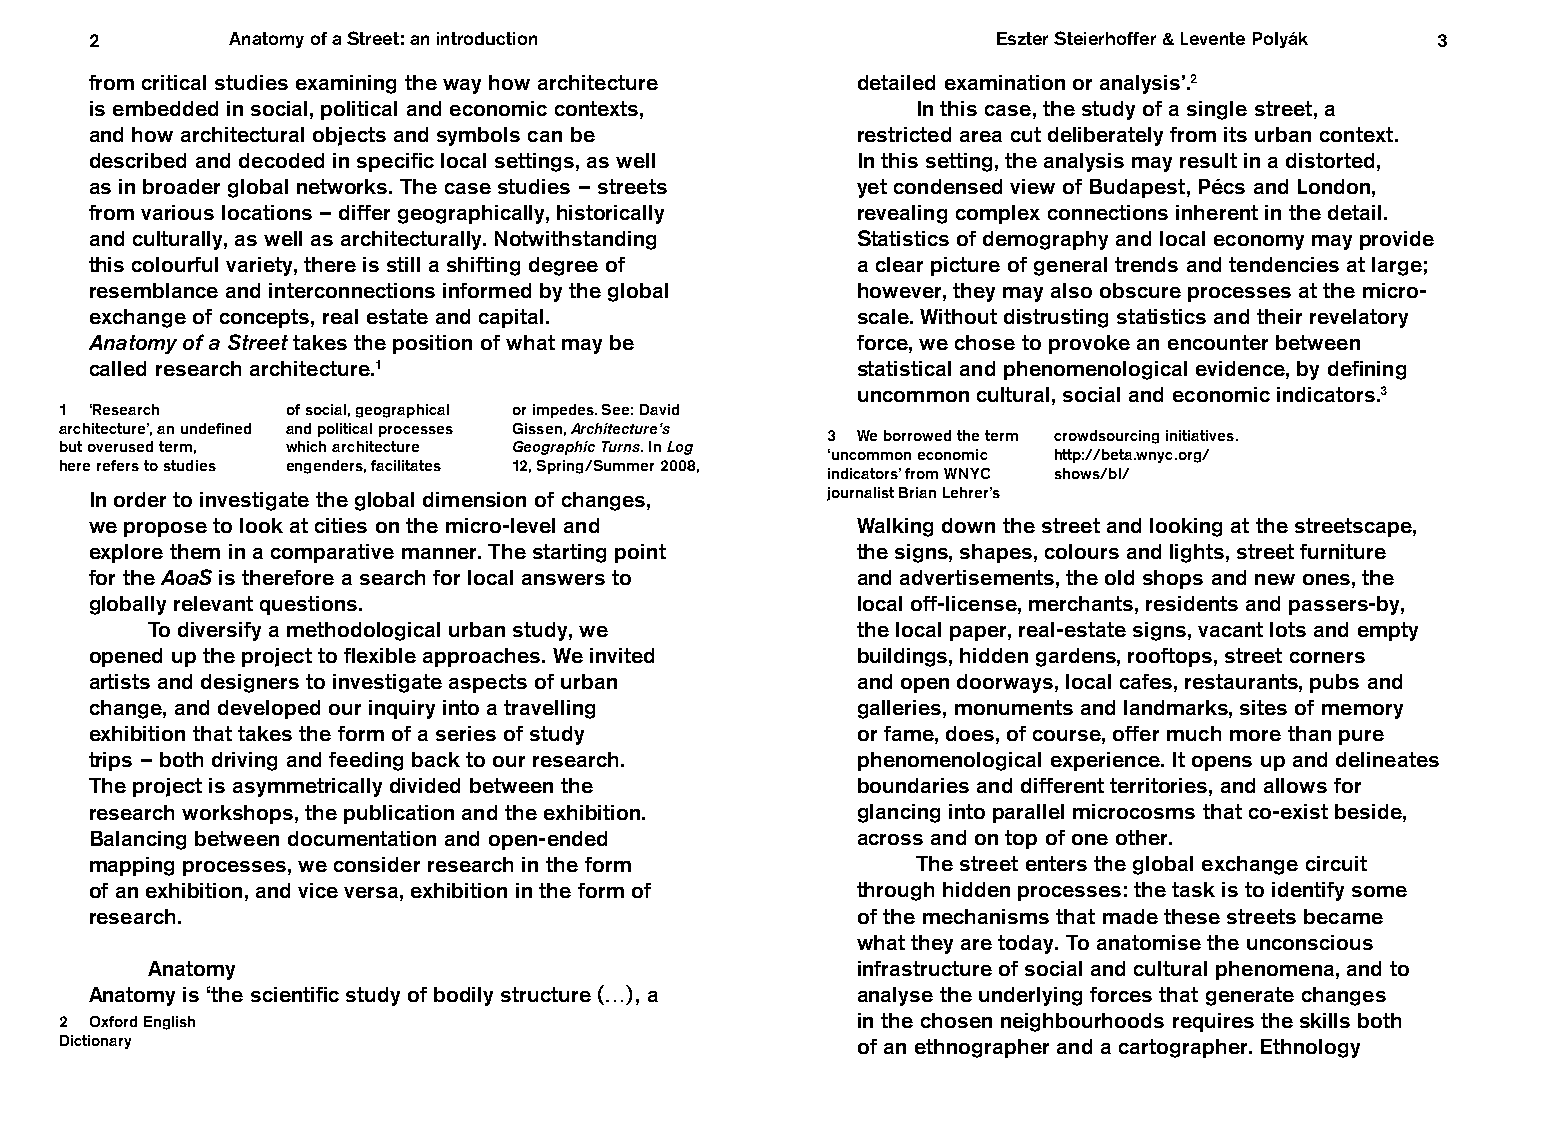
22       Anatomy of a Street: an introduction               Eszter Steierhoffer & Levente Polyák 33
 from critical studies examining the way how architecture detailed examination or analysis’.2
 is embedded in social, political and economic contexts, In this case, the study of a single street, a
 and how architectural objects and symbols can be   restricted area cut deliberately from its urban context.
 described and decoded in specific local settings, as well In this setting, the analysis may result in a distorted,
 as in broader global networks. The case studies – streets yet condensed view of Budapest, Pécs and London,
 from various locations – differ geographically, historically revealing complex connections inherent in the detail.
 and culturally, as well as architecturally. Notwithstanding Statistics of demography and local economy may provide
 this colourful variety, there is still a shifting degree of a clear picture of general trends and tendencies at large;
 resemblance and interconnections informed by the global however, they may also obscure processes at the micro-
 exchange of concepts, real estate and capital.     scale. Without distrusting statistics and their revelatory
 Anatomy of a Street takes the position of what may be force, we chose to provoke an encounter between
 called research architecture.1                     statistical and phenomenological evidence, by defining
 uncommon cultural, social and economic indicators.3
 1 ‘Research    of social, geographical or impedes. See: David
 architecture’, an undefined and political processes Gissen, Architecture’s
 3 We borrowed the term crowdsourcing initiatives.
 but overused term, which architecture Geographic Turns. In Log
 ‘uncommon economic http://beta.wnyc.org/
 here refers to studies engenders, facilitates 12, Spring / Summer 2008,
 indicators’ from WNYC shows/bl/
 In order to investigate the global dimension of changes, journalist Brian Lehrer’s
 we propose to look at cities on the micro-level and Walking down the street and looking at the streetscape,
 explore them in a comparative manner. The starting point the signs, shapes, colours and lights, street furniture
 for the AoaS is therefore a search for local answers to and advertisements, the old shops and new ones, the
 globally relevant questions.                       local off-license, merchants, residents and passers-by,
 To diversify a methodological urban study, we  the local paper, real-estate signs, vacant lots and empty
 opened up the project to flexible approaches. We invited buildings, hidden gardens, rooftops, street corners
 artists and designers to investigate aspects of urban and open doorways, local cafes, restaurants, pubs and
 change, and developed our inquiry into a travelling galleries, monuments and landmarks, sites of memory
 exhibition that takes the form of a series of study or fame, does, of course, offer much more than pure
 trips – both driving and feeding back to our research. phenomenological experience. It opens up and delineates
 The project is asymmetrically divided between the  boundaries and different territories, and allows for
 research workshops, the publication and the exhibition. glancing into parallel microcosms that co-exist beside,
 Balancing between documentation and open-ended     across and on top of one other.
 mapping processes, we consider research in the form    The street enters the global exchange circuit
 of an exhibition, and vice versa, exhibition in the form of through hidden processes: the task is to identify some
 research.                                          of the mechanisms that made these streets became
 what they are today. To anatomise the unconscious
 Anatomy                                        infrastructure of social and cultural phenomena, and to
 Anatomy is ‘the scientific study of bodily structure (…), a analyse the underlying forces that generate changes
 2 Oxford English                                     in the chosen neighbourhoods requires the skills both
 Dictionary                                           of an ethnographer and a cartographer. Ethnology